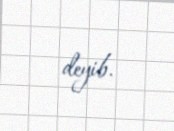
deyib.